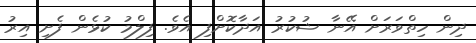
ދިން ހިތްވަރަށް އޭނާ ޝުކުރު އަދާކޮށްފި އެވެ. ފިލްމު ކުޅެން ފެށި އިރު